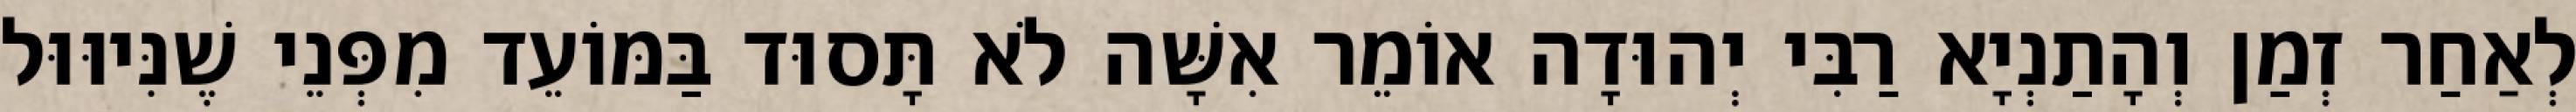
לְאַחַר זְמַן וְהָתַנְיָא רַבִּי יְהוּדָה אוֹמֵר אִשָּׁה לֹא תָּסוּד בַּמּוֹעֵד מִפְּנֵי שֶׁנִּיוּוּל